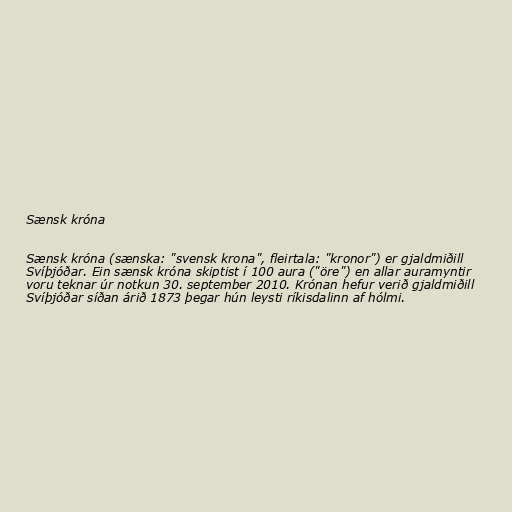
Sænsk króna

Sænsk króna (sænska: "svensk krona", fleirtala: "kronor") er gjaldmiðill
Svíþjóðar. Ein sænsk króna skiptist í 100 aura ("öre") en allar auramyntir
voru teknar úr notkun 30. september 2010. Krónan hefur verið gjaldmiðill
Svíþjóðar síðan árið 1873 þegar hún leysti ríkisdalinn af hólmi.